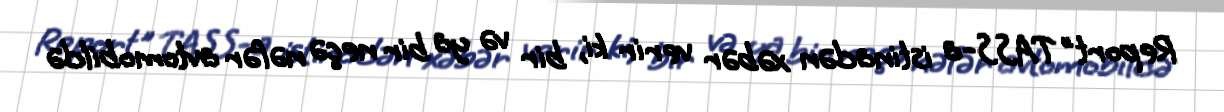
Report" TASS-a istinadən xəbər verir ki, bir və ya bir neçə nəfər avtomobildə